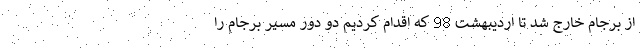
از برجام خارج شد تا اردیبهشت 98 که اقدام کردیم دو دور مسیر برجام را